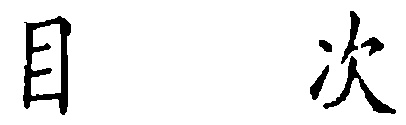
目 次